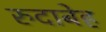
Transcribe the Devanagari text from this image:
रुदाबेह